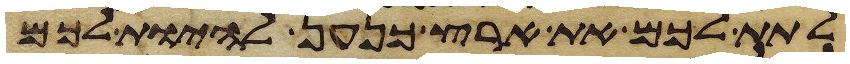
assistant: לתת לכם את ארץ כנען להיות לכם